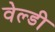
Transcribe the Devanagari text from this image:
वेल्डी